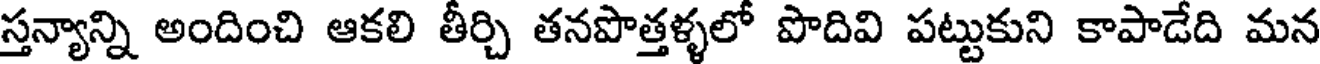
స్తన్యాన్ని అందించి ఆకలి తీర్చి తనపొత్తళ్ళలో పొదివి పట్టుకుని కాపాడేది మన